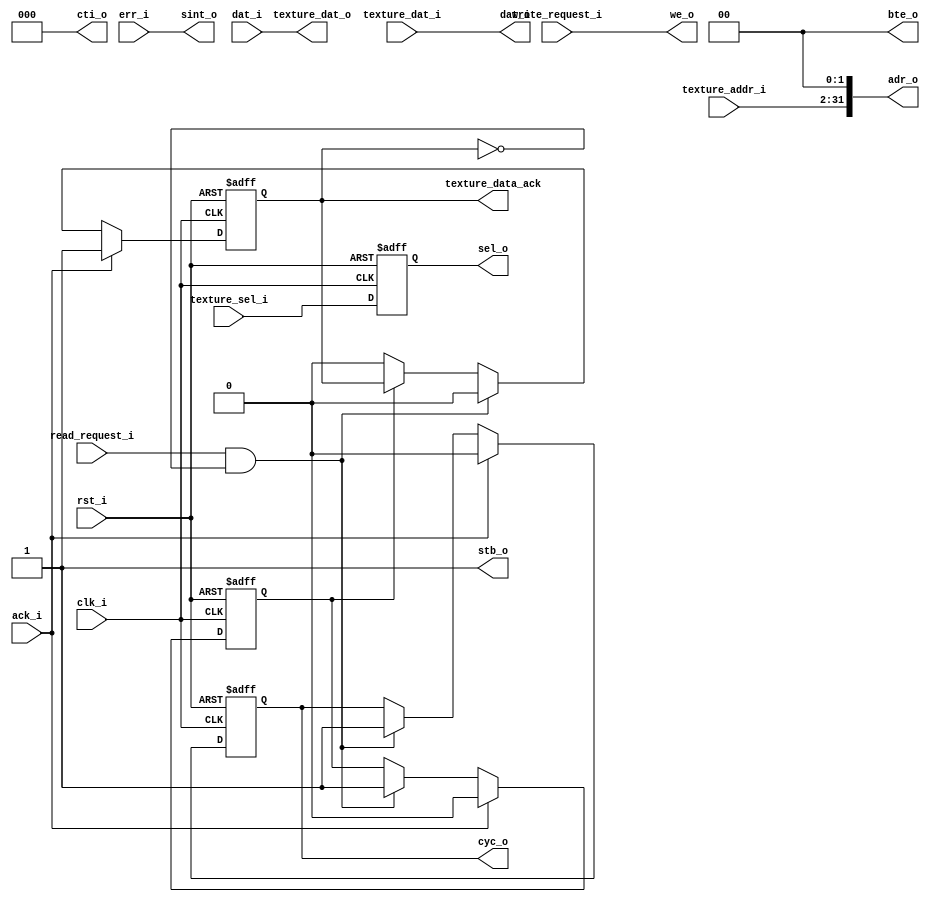
module gfx_wbm_rw (clk_i, rst_i,
  cyc_o, stb_o, cti_o, bte_o, we_o, adr_o, sel_o, ack_i, err_i, dat_i, dat_o, sint_o,
  read_request_i, write_request_i,
  texture_addr_i, texture_sel_i, texture_dat_o, texture_dat_i, texture_data_ack);

  // inputs & outputs

  // wishbone signals
  input             clk_i;    // master clock input
  input             rst_i;    // asynchronous active high reset
  output reg        cyc_o;    // cycle output
  output            stb_o;    // strobe ouput
  output [ 2:0]     cti_o;    // cycle type id
  output [ 1:0]     bte_o;    // burst type extension
  output            we_o;     // write enable output
  output [31:0]     adr_o;    // address output
  output reg [ 3:0] sel_o;    // byte select outputs (only 32bits accesses are supported)
  input             ack_i;    // wishbone cycle acknowledge
  input             err_i;    // wishbone cycle error
  input [31:0]      dat_i;    // wishbone data in
  output [31:0]     dat_o;

  output        sint_o;     // non recoverable error, interrupt host

  // Request stuff
  input         read_request_i;
  input         write_request_i;

  input [31:2]  texture_addr_i;
  input [3:0]   texture_sel_i;
  output [31:0] texture_dat_o;
  input [31:0]  texture_dat_i;
  output reg    texture_data_ack;

  //
  // variable declarations
  //
  reg busy;

  //
  // module body
  //

  assign adr_o  = {texture_addr_i, 2'b00};
  assign texture_dat_o = dat_i;
  assign dat_o = texture_dat_i;

  assign we_o   = write_request_i;
  assign stb_o  = 1'b1;
  assign sint_o = err_i;
  assign bte_o  = 2'b00;
  assign cti_o  = 3'b000;

  always @(posedge clk_i or posedge rst_i)
  if (rst_i) // Reset
    begin
      texture_data_ack <= 1'b0;
      cyc_o <= 1'b0;
      sel_o <= 4'b1111;
      busy  <= 1'b0;
    end
  else
  begin
    sel_o <= texture_sel_i;
	
    if(ack_i) // On ack, stop current read, send ack to arbiter
    begin
      cyc_o            <= 1'b0;
      texture_data_ack <= 1'b1;
      busy             <= 1'b0;
    end
    else if(read_request_i & !texture_data_ack) // Else, is there a pending request? Start a read
    begin
      cyc_o            <= 1'b1;
      texture_data_ack <= 1'b0;
      busy             <= 1'b1;
    end
    else if(!busy) // Else, are we done? Zero ack
      texture_data_ack <= 1'b0;
  end

endmodule